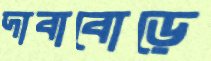
দাবাবোড়ে